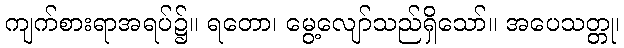
ကျက်စားရာအရပ်၌။ ရတော၊ မွေ့လျော်သည်ရှိသော်။ အပေသတ္တု၊